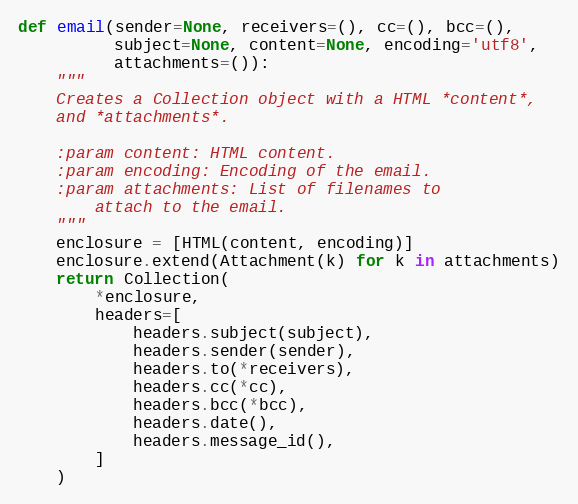
Language: Python
def email(sender=None, receivers=(), cc=(), bcc=(),
          subject=None, content=None, encoding='utf8',
          attachments=()):
    """
    Creates a Collection object with a HTML *content*,
    and *attachments*.

    :param content: HTML content.
    :param encoding: Encoding of the email.
    :param attachments: List of filenames to
        attach to the email.
    """
    enclosure = [HTML(content, encoding)]
    enclosure.extend(Attachment(k) for k in attachments)
    return Collection(
        *enclosure,
        headers=[
            headers.subject(subject),
            headers.sender(sender),
            headers.to(*receivers),
            headers.cc(*cc),
            headers.bcc(*bcc),
            headers.date(),
            headers.message_id(),
        ]
    )